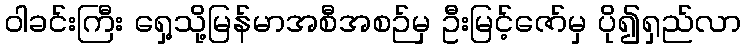
ဝါခင်းကြီး ရှေ့သို့မြန်မာအစီအစဉ်မှ ဦးမြင့်ဇော်မှ ပို၍ရှည်လာ